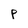
Character: P